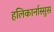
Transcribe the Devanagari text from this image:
हलिकार्नास्सुस